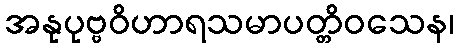
အနုပုဗ္ဗဝိဟာရသမာပတ္တိဝသေန၊